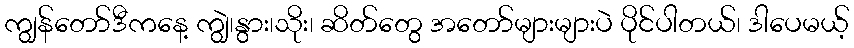
ကျွန်တော်ဒီကနေ့ ကျွဲ၊နွား၊သိုး၊ ဆိတ်တွေ အတော်များများပဲ ပိုင်ပါတယ်၊ ဒါပေမယ့်